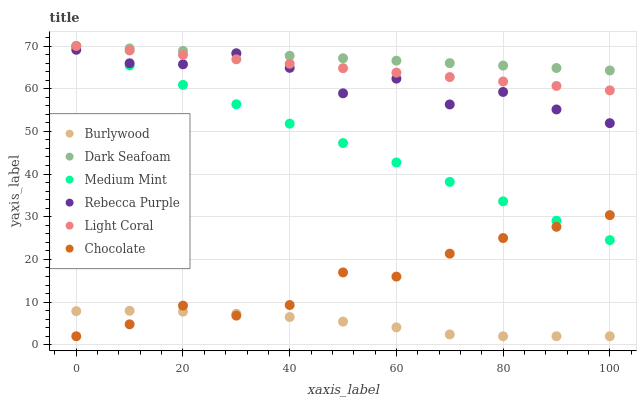
| xaxis_label | Burlywood | Dark Seafoam | Medium Mint | Rebecca Purple | Light Coral | Chocolate |
 | --- | --- | --- | --- | --- | --- | --- |
 | 0 | 7.88 | 70 | 70 | 69.1 | 70 | 2 |
 | 10 | 7.97 | 69.4 | 65.5 | 66 | 69 | 4.8 |
 | 20 | 7.77 | 68.9 | 60.9 | 65.7 | 67.9 | 9.17 |
 | 30 | 7.28 | 68.3 | 56.4 | 68.3 | 66.9 | 6.84 |
 | 40 | 6.5 | 67.7 | 51.8 | 64.9 | 65.8 | 9.31 |
 | 50 | 5.43 | 67.1 | 47.3 | 58.9 | 64.8 | 17 |
 | 60 | 4.08 | 66.6 | 42.7 | 62.4 | 63.8 | 16 |
 | 70 | 2.43 | 66 | 38.2 | 56.3 | 62.7 | 21.4 |
 | 80 | 2 | 65.4 | 33.6 | 59.2 | 61.7 | 25 |
 | 90 | 2 | 64.8 | 29.1 | 55.1 | 60.6 | 27.6 |
 | 100 | 2 | 64.3 | 24.5 | 51.9 | 59.6 | 30.4 |